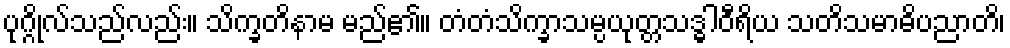
ပုဂ္ဂိုလ်သည်လည်း။ သိက္ခတိနာမ မည်၏။ တံတံသိက္ခာသမ္ပယုတ္တသဒ္ဓါဝီရိယ သတိသမာဓိပညာတိ၊